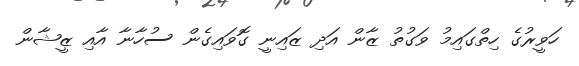
ހަވީރުގެ ހިތްގައިމު ވަގުތު ޒާން އަދި ޒައިނީ ގޮވައިގެން ސުހާނާ އާއި ޒީޝާން